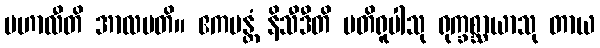
မဟာလီတိ အာလပတိ။ ဧကမန္တံ နိသီဒီတိ ပတိရူပါသု ရုက္ခစ္ဆာယာသု တာယ